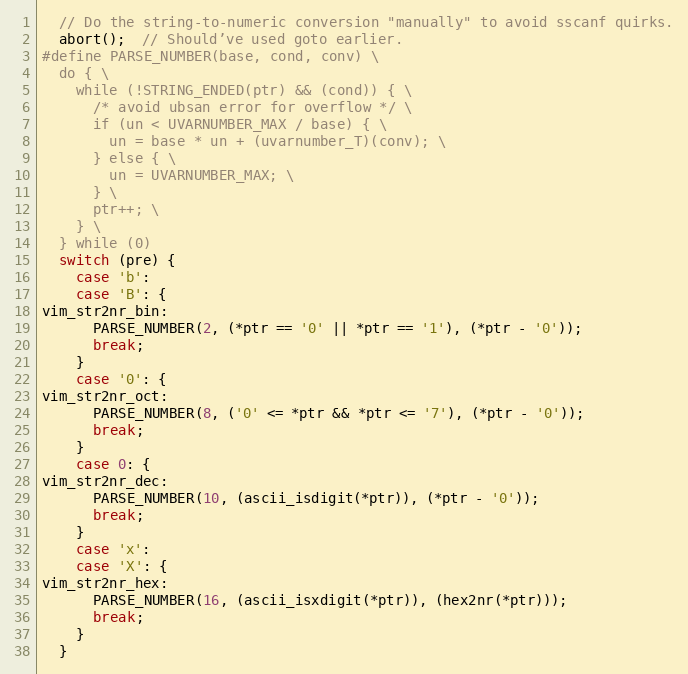
Language: C
  // Do the string-to-numeric conversion "manually" to avoid sscanf quirks.
  abort();  // Should’ve used goto earlier.
#define PARSE_NUMBER(base, cond, conv) \
  do { \
    while (!STRING_ENDED(ptr) && (cond)) { \
      /* avoid ubsan error for overflow */ \
      if (un < UVARNUMBER_MAX / base) { \
        un = base * un + (uvarnumber_T)(conv); \
      } else { \
        un = UVARNUMBER_MAX; \
      } \
      ptr++; \
    } \
  } while (0)
  switch (pre) {
    case 'b':
    case 'B': {
vim_str2nr_bin:
      PARSE_NUMBER(2, (*ptr == '0' || *ptr == '1'), (*ptr - '0'));
      break;
    }
    case '0': {
vim_str2nr_oct:
      PARSE_NUMBER(8, ('0' <= *ptr && *ptr <= '7'), (*ptr - '0'));
      break;
    }
    case 0: {
vim_str2nr_dec:
      PARSE_NUMBER(10, (ascii_isdigit(*ptr)), (*ptr - '0'));
      break;
    }
    case 'x':
    case 'X': {
vim_str2nr_hex:
      PARSE_NUMBER(16, (ascii_isxdigit(*ptr)), (hex2nr(*ptr)));
      break;
    }
  }